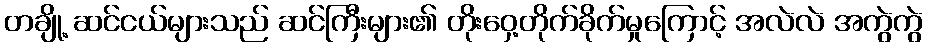
တချို့ ဆင်ငယ်များသည် ဆင်ကြီးများ၏ တိုးဝှေ့တိုက်ခိုက်မှုကြောင့် အလဲလဲ အကွဲကွဲ